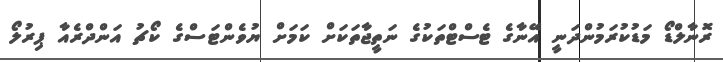
ރޮނާލްޑޯ މަޑުކުރަމުންދަނީ އޭނާގެ ޓެސްޓްތަކުގެ ނަތީޖާތަކަށް ކަމަށް ޔުވެންޓަސްގެ ކޯޗު އަންދްރެއާ ޕިރުލޯ